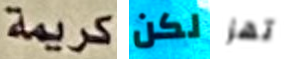
كريمة لكن تهز